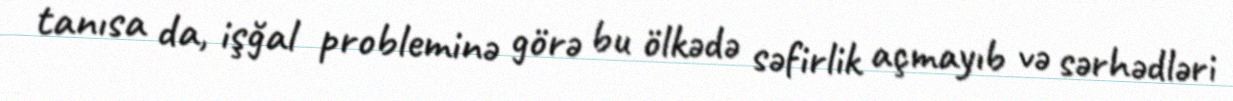
tanısa da, işğal probleminə görə bu ölkədə səfirlik açmayıb və sərhədləri